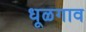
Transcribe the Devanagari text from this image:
धूळगाव